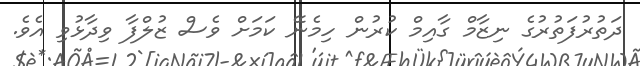
ދަތުރުފަތުރުގެ ނިޒާމް ގާއިމް ކުރުން ހިމެނޭ ކަމަށް ވެސް ޒުލްފާ ވިދާޅުވި އެވެ.